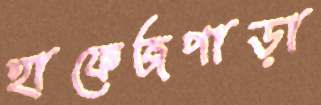
হাফেজপাড়া